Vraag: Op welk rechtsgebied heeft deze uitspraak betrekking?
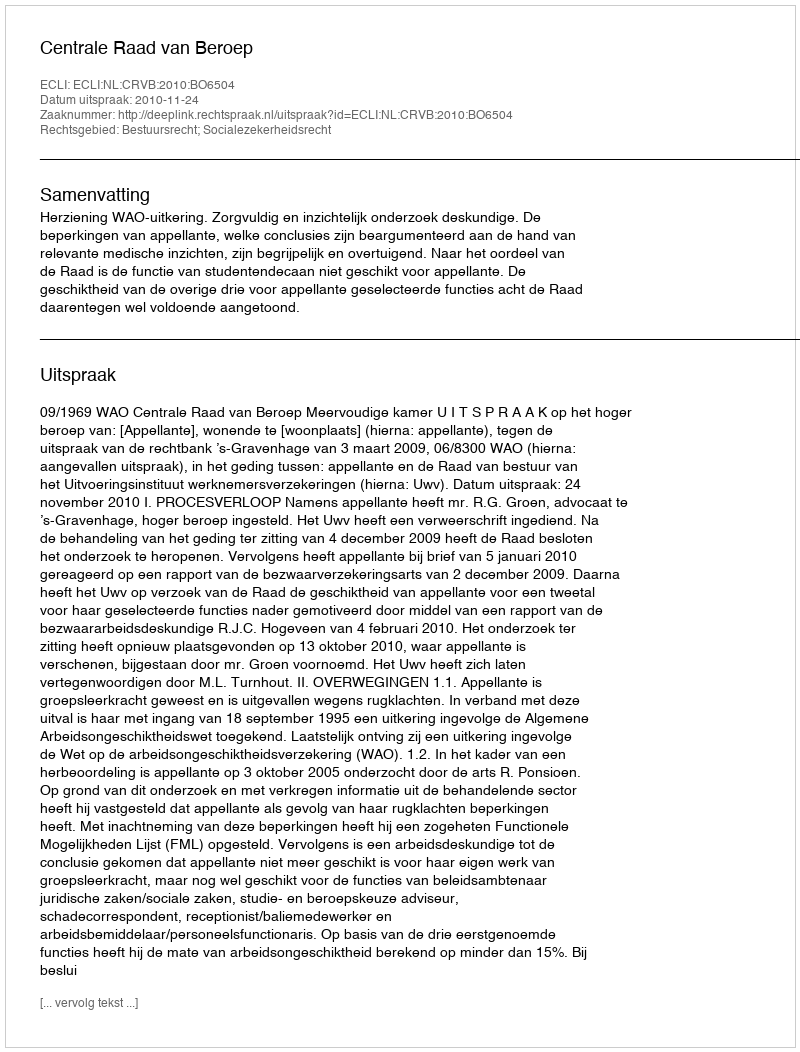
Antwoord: Bestuursrecht; Socialezekerheidsrecht